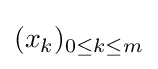
(x_{k})_{0\leq k\leq m}